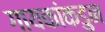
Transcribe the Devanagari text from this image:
गायकांकडुन